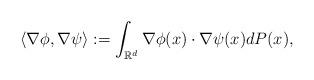
LaTeX: \begin{align*}\left<\nabla\phi,\nabla\psi\right>:=\int_{\mathbb{R}^d}\nabla\phi(x)\cdot\nabla\psi(x) dP(x),\end{align*}